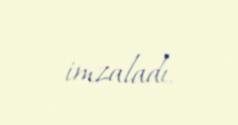
imzaladı.